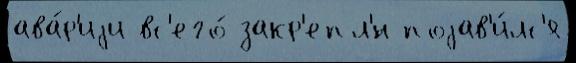
ава́р'иjи вс'его́ закр'епл'́н поjав'и́лс'я